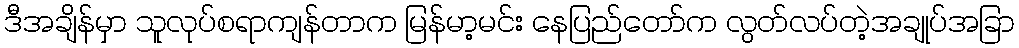
ဒီအချိန်မှာ သူလုပ်စရာကျန်တာက မြန်မာ့မင်း နေပြည်တော်က လွတ်လပ်တဲ့အချုပ်အခြာ